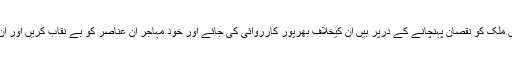
انہوں نے کہاکہ جو عناصر اس ملک کو نقصان پہنچانے کے درپر ہیں ان کیخلاف بھرپور کارروائی کی جائے اور خود مہاجر ان عناصر کو بے نقاب کریں اور ان کا سماجی بائیکاٹ کیا جائے۔